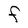
Character: F